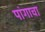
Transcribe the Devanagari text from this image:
पांगाचा